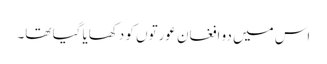
اس میں دو افغان عورتوں کو دکھایا گیا تھا۔